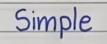
Simple